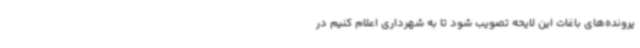
پرونده‌های باغات این لایحه تصویب شود تا به شهرداری اعلام کنیم در